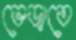
ভেড়াতে